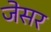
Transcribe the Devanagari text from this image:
जेसर